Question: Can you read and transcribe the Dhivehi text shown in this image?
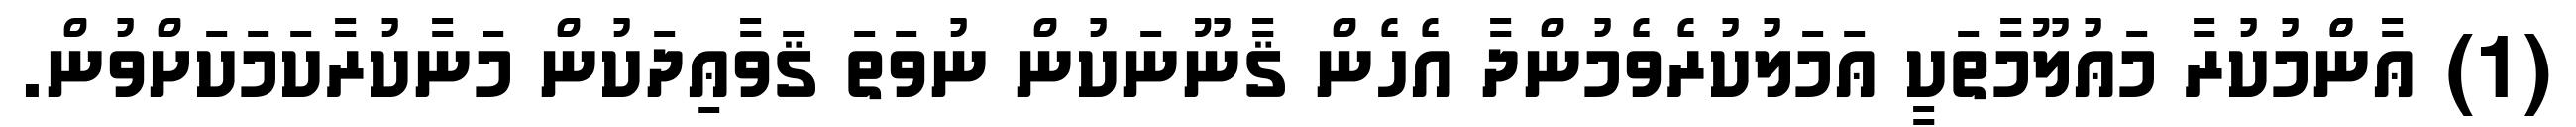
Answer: (1) ޢާންްމުކުރާ މަޢުލޫމާތަކީ ޢަމަލުކުރެވެމުންދާ އެހެން ޤާނޫނަކުން ނުވަތަ ޤަވާޢިދަކުން މަނާކުރާކަމަކަށްވުން.